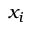
x _ { i }